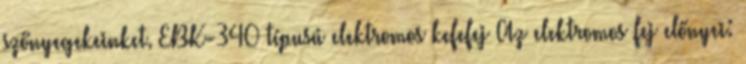
szőnyegekeinket. EBK-340 típusú elektromos kefefej Az elektromos fej előnyei: